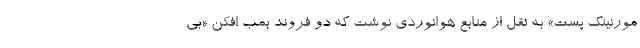
مورنینگ پست» به نقل از منابع هوانوردی نوشت که دو فروند بمب افکن «بی